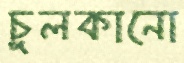
চুলকানো